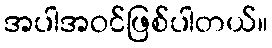
အပါအဝင်ဖြစ်ပါတယ်။